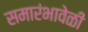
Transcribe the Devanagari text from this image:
समारंभावेळी